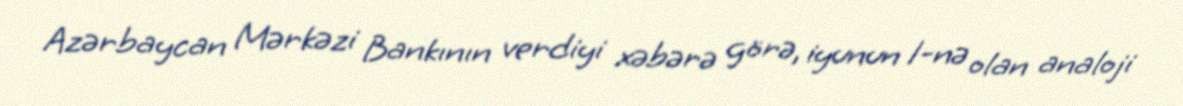
Azərbaycan Mərkəzi Bankının verdiyi xəbərə görə, iyunun 1-nə olan analoji